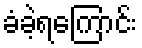
ခံခဲ့ရကြောင်း